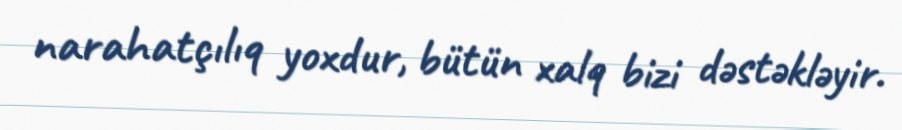
narahatçılıq yoxdur, bütün xalq bizi dəstəkləyir.